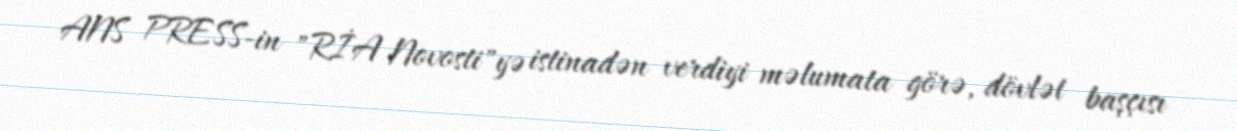
ANS PRESS-in "RİA Novosti"yə istinadən verdiyi məlumata görə, dövlət başçısı